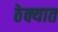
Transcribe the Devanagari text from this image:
ठेक्यात